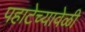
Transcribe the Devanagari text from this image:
पहाटेच्यावेळी